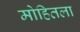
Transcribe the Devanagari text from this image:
मोहितला